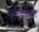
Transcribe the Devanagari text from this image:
धर्मविधींपुरते